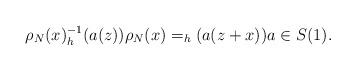
LaTeX: \begin{align*}\rho_N(x)^{-1}_h(a(z))\rho_N(x)=_h(a(z+x)) a\in S(1). \end{align*}